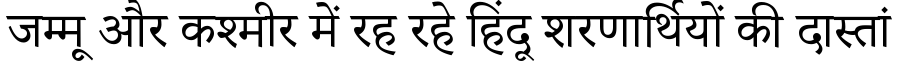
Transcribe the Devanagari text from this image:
जम्मू और कश्मीर में रह रहे हिंदू शरणार्थियों की दास्तां